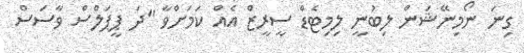
ގިނަ ނޯމިނޭޝަން ލިބުނީ ލިމިޓެޑް ސީރީޒް އެއް ކަމަށްވާ "ދަ ޕީޕަލްސް ވާސަސް